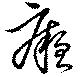
癕